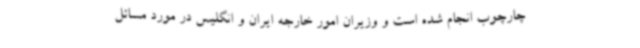
چارچوب انجام شده است و وزیران امور خارجه ایران و انگلیس در مورد مسائل